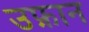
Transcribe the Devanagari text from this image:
उफ़ान